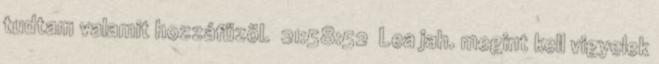
tudtam valamit hozzáfűzöl. 21:58:52 Lea jah. megint kell vigyelek